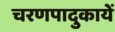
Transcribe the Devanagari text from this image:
चरणपादुकायें